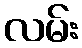
လမ်း